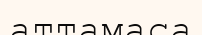
аттамаса